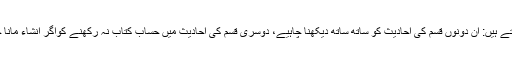
ترکی سے تعلق رکھنے والے ایک استاد محترم اس موضوع کی وضاحت یوں فرماتے ہیں: ان دونوں قسم کی احادیث کو ساتھ ساتھ دیکھنا چاہیے، دوسری قسم کی احادیث میں حساب کتاب نہ رکھنے کواگر انشاء مانا جائے تو حکم یہی نکلتا ہے، جو شارحین احادیث اور فقہا ءکرام نے ذکر فرمایا ہے۔